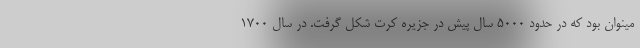
مینوان بود که در حدود ۵۰۰۰ سال پیش در جزیره کرت شکل گرفت. در سال ۱۷۰۰